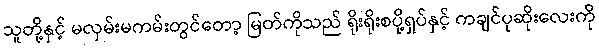
သူတို့နှင့် မလှမ်းမကမ်းတွင်တော့ မြတ်ကိုသည် ရိုးရိုးစပို့ရှပ်နှင့် ကချင်ပုဆိုးလေးကို